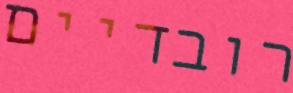
רובדיים